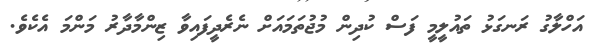
އަހްލާގު ރަނގަޅު ތައުލީމީ ފަސް ކުދިން މުޖުތަމައަށް ނެރެދީފައިވާ ޒިންމާދާރު މަންމަ އެކެވެ.